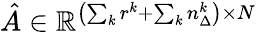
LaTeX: \hat{A}\in\mathbb{R}^{\left(\sum_{k}r^{k}+\sum_{k}n_{\Delta}^{k}\right)\times N}